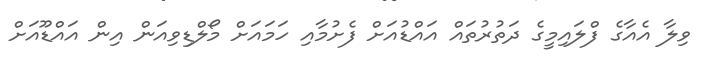
ވިލާ އެއާގެ ފްލައިމީގެ ދަތުރުތައް އައްޑުއަަށް ފެށުމާއި ހަމައަށް މޯލްޑިވިއަން އިން އައްޑޫއަށް